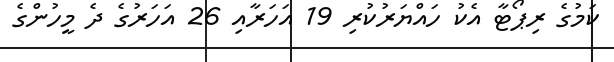
ކަމުގެ ރިޕޯޓާ އެކު ހައްޔަރުކުރި 19 އަހަރާއި 26 އަހަރުގެ ދެ މީހުންގެ